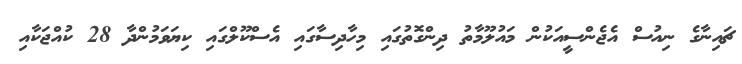
ޗައިނާގެ ނިއުސް އެޖެންސީއަކުން މައުލޫމާތު ދިންގޮތުގައި މިހާދިސާގައި އެސްކޫލްގައި ކިޔަވަމުންދާ 28 ކުއްޖަކާއި